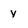
Character: y